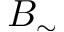
B _ { \sim }